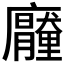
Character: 𭚐